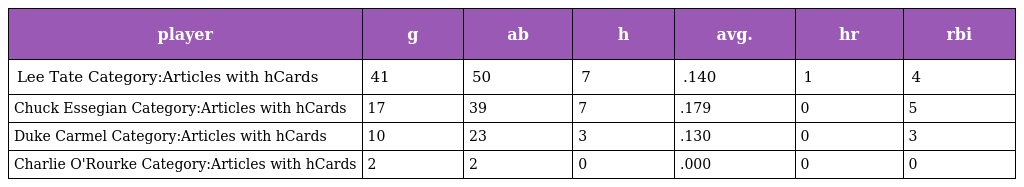
| player | g | ab | h | avg. | hr | rbi |
 | --- | --- | --- | --- | --- | --- | --- |
 | Lee Tate Category:Articles with hCards | 41 | 50 | 7 | .140 | 1 | 4 |
 | Chuck Essegian Category:Articles with hCards | 17 | 39 | 7 | .179 | 0 | 5 |
 | Duke Carmel Category:Articles with hCards | 10 | 23 | 3 | .130 | 0 | 3 |
 | Charlie O'Rourke Category:Articles with hCards | 2 | 2 | 0 | .000 | 0 | 0 |